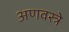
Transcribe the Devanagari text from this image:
अणवस्त्रे